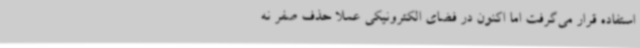
استفاده قرار می‌گرفت اما اکنون در فضای الکترونیکی عملاً حذف صفر نه